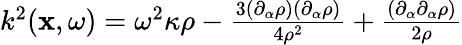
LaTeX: \begin{array}{r}{k^{2}({\mathbf x},\omega)=\omega^{2}\kappa\rho-\frac{3(\partial_{\alpha}\rho)(\partial_{\alpha}\rho)}{4\rho^{2}}+\frac{(\partial_{\alpha}\partial_{\alpha}\rho)}{2\rho}}\end{array}